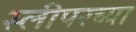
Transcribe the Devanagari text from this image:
स्लीपरच्या